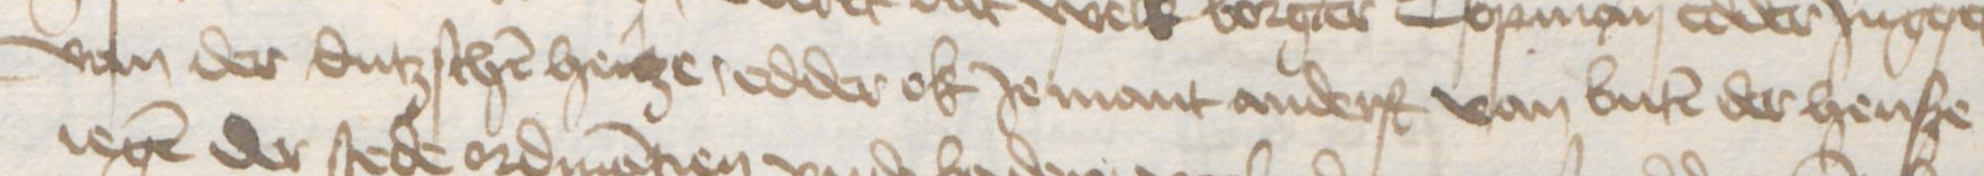
Transcription: van der dutzschen henze, edder ok Jemant anderst van buten der hense